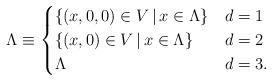
LaTeX: \begin{align*}\Lambda \equiv \begin{cases}\{(x, 0, 0)\in V\, |\, x\in \Lambda\} & d=1\\\{(x, 0)\in V\, |\, x\in \Lambda\} & d=2 \\\Lambda & d=3. \end{cases}\end{align*}